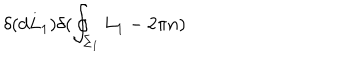
LaTeX: \delta ( d L _ { 1 } ) \delta ( \oint _ { \Sigma _ { 1 } } L _ { 1 } - 2 \pi n )